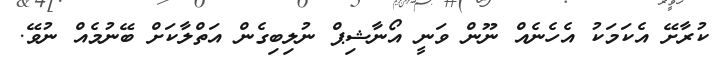
ކުރާށޭ އެކަމަކު އެހެނެއް ނޫން ވަނީ އޯނާޝިޕް ނުލިބިގެން އަތްލާކަށް ބޭނުމެއް ނުވޭ.